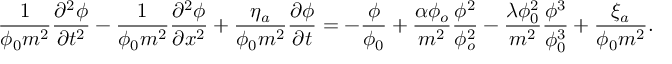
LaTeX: \frac { 1 } { \phi _ { 0 } m ^ { 2 } } \frac { \partial ^ { 2 } \phi } { \partial t ^ { 2 } } - \frac { 1 } { \phi _ { 0 } m ^ { 2 } } \frac { \partial ^ { 2 } \phi } { \partial x ^ { 2 } } + \frac { \eta _ { a } } { \phi _ { 0 } m ^ { 2 } } \frac { \partial \phi } { \partial t } = - \frac { \phi } { \phi _ { 0 } } + \frac { \alpha \phi _ { o } } { m ^ { 2 } } \frac { \phi ^ { 2 } } { \phi _ { o } ^ { 2 } } - \frac { \lambda \phi _ { 0 } ^ { 2 } } { m ^ { 2 } } \frac { \phi ^ { 3 } } { \phi _ { 0 } ^ { 3 } } + \frac { \xi _ { a } } { \phi _ { 0 } m ^ { 2 } } .